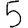
Digit: 5